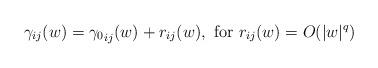
LaTeX: \begin{align*}\gamma_{ij}(w)={\gamma_0}_{ij}(w)+r_{ij}(w), \ \textrm{for} \ r_{ij}(w)=O(|w|^{q})\end{align*}